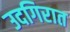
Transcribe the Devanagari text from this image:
उदगिरात